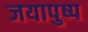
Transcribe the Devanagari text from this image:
जयापुष्प